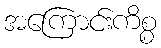
အကြောင်းကိစ္စ